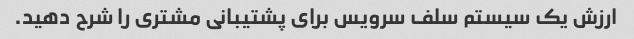
ارزش یک سیستم سلف سرویس برای پشتیبانی مشتری را شرح دهید.